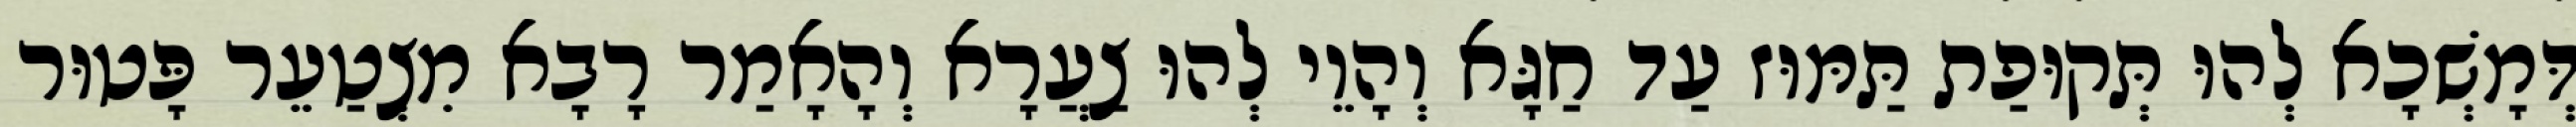
דְּמָשְׁכָא לְהוּ תְּקוּפַת תַּמּוּז עַד חַגָּא וְהָוֵי לְהוּ צַעֲרָא וְהָאָמַר רָבָא מִצְטַעֵר פָּטוּר